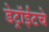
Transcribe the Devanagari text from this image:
डेट्रॉईटचे